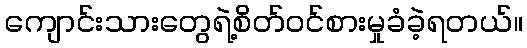
ကျောင်းသားတွေရဲ့စိတ်ဝင်စားမှုခံခဲ့ရတယ်။